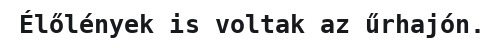
Élőlények is voltak az űrhajón.